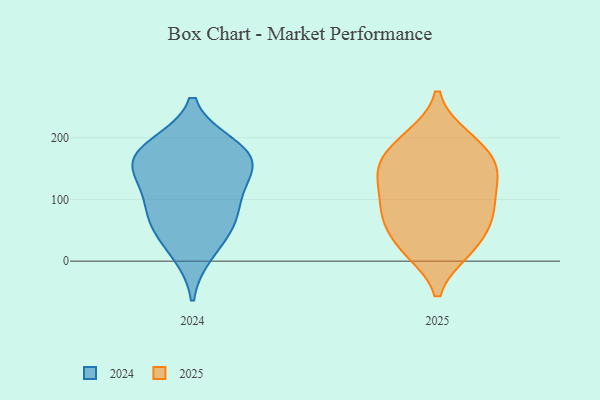
{"axis": {"x": "Customer Acquisition Cost (USD)", "y": "Value"}, "legend": ["2024", "2025"], "data": [{"x": "", "y": 90, "type": "2025"}, {"x": "", "y": 132, "type": "2025"}, {"x": "", "y": 200, "type": "2025"}, {"x": "", "y": 143, "type": "2025"}, {"x": "", "y": 184, "type": "2025"}, {"x": "", "y": 76, "type": "2025"}, {"x": "", "y": 73, "type": "2025"}, {"x": "", "y": 61, "type": "2025"}, {"x": "", "y": 26, "type": "2025"}, {"x": "", "y": 18, "type": "2025"}, {"x": "", "y": 153, "type": "2025"}, {"x": "", "y": 18, "type": "2025"}, {"x": "", "y": 196, "type": "2025"}, {"x": "", "y": 90, "type": "2025"}, {"x": "", "y": 152, "type": "2025"}, {"x": "", "y": 140, "type": "2025"}, {"x": "", "y": 175, "type": "2024"}, {"x": "", "y": 58, "type": "2024"}, {"x": "", "y": 63, "type": "2024"}, {"x": "", "y": 15, "type": "2024"}, {"x": "", "y": 165, "type": "2024"}, {"x": "", "y": 146, "type": "2024"}, {"x": "", "y": 165, "type": "2024"}, {"x": "", "y": 89, "type": "2024"}, {"x": "", "y": 186, "type": "2024"}, {"x": "", "y": 115, "type": "2024"}]}